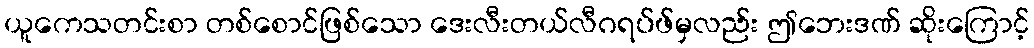
ယူကေသတင်းစာ တစ်စောင်ဖြစ်သော ဒေးလီးတယ်လီဂရပ်ဖ်မှလည်း ဤဘေးဒဏ် ဆိုးကြောင့်